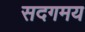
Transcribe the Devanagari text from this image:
सदगमय